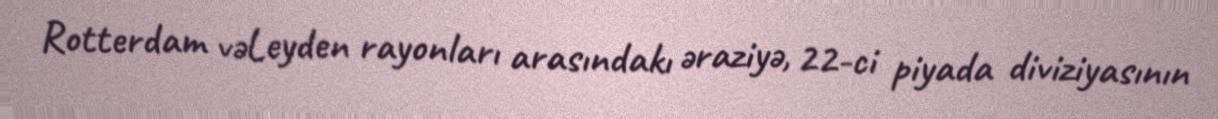
Rotterdam vəLeyden rayonları arasındakı əraziyə, 22-ci piyada diviziyasının